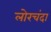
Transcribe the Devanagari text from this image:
लोरचंदा